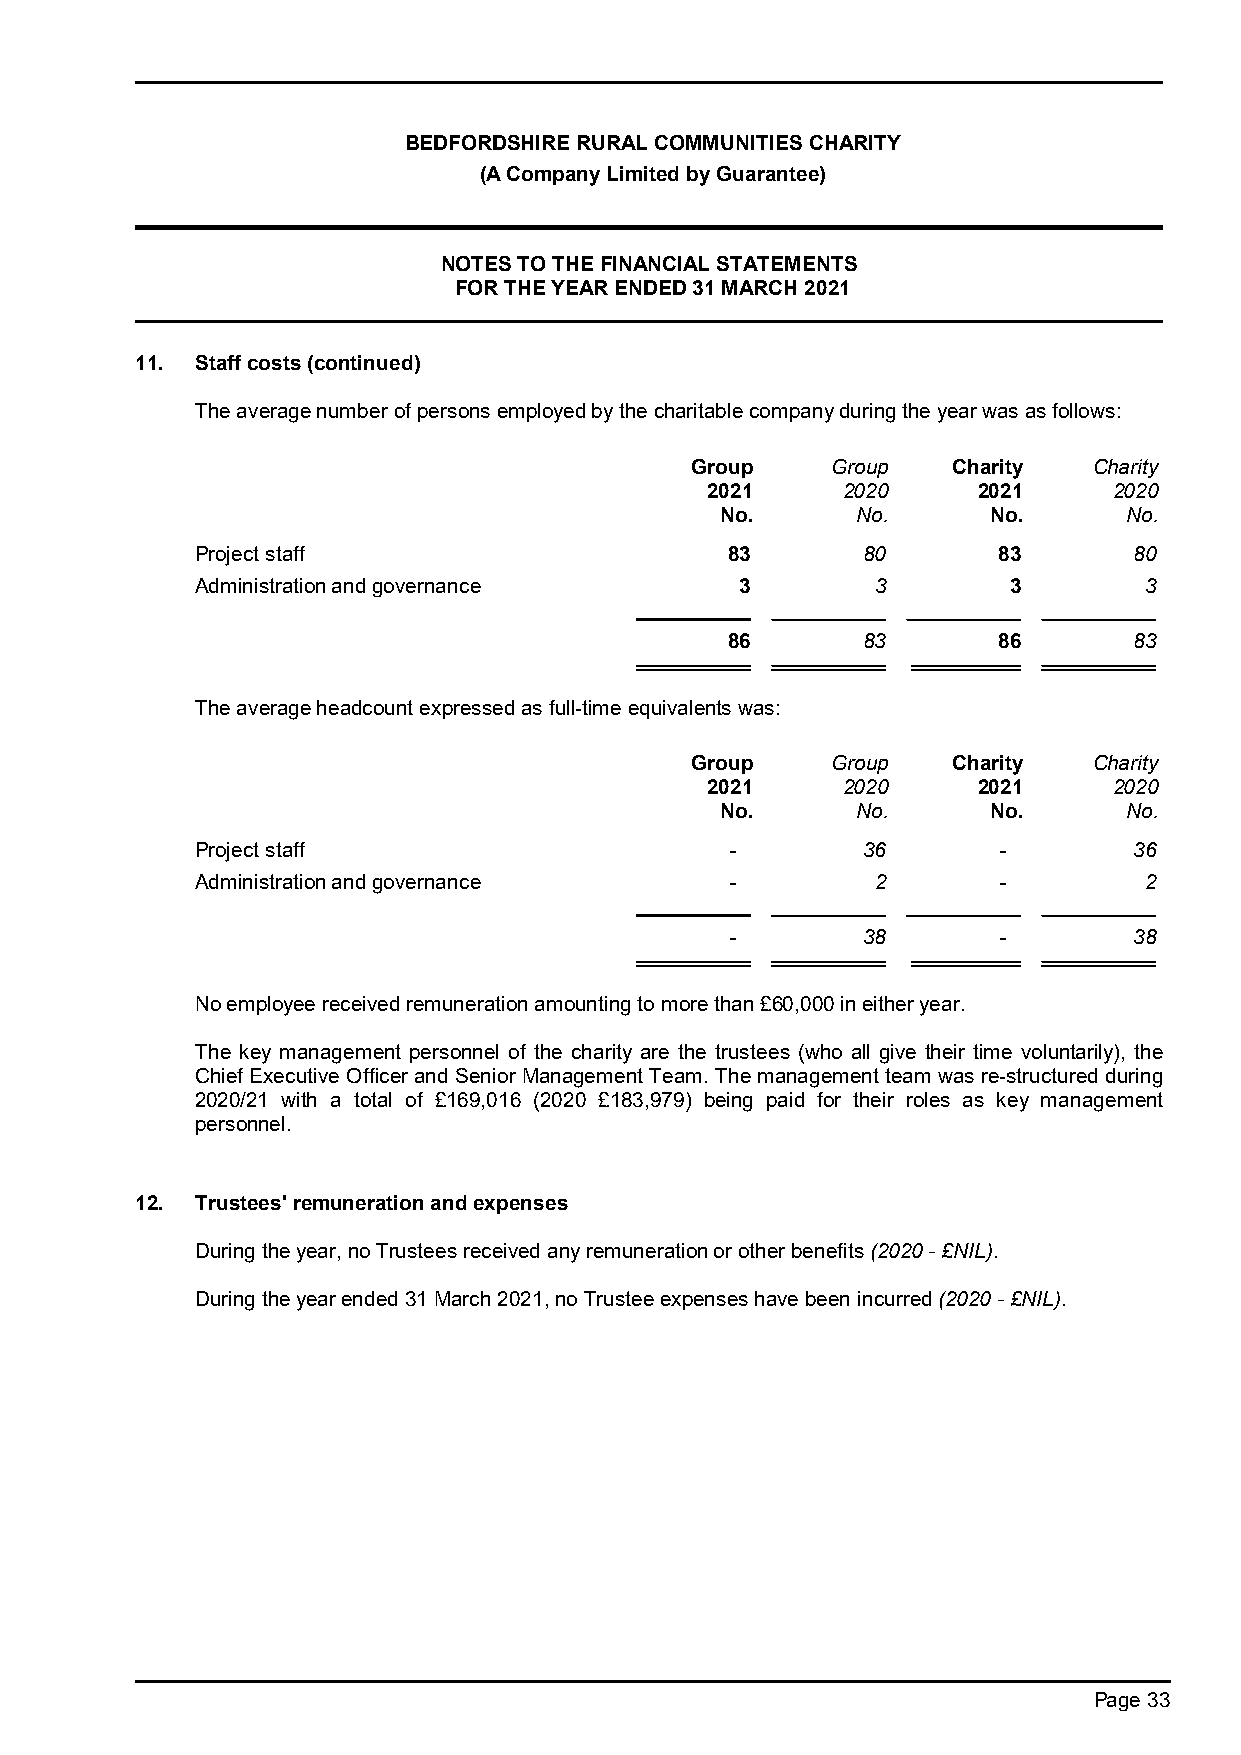
BEDFORDSHIRE RURAL COMMUNITIES CHARITY
 (A Company Limited by Guarantee)
 NOTES TO THE FINANCIAL STATEMENTS
 FOR THE YEAR ENDED 31 MARCH 2021
 11. Staff costs (continued)
 The average number of persons employed by the charitable company during the year was as follows:
 Group    Group   Charity  Charity
 2021     2020     2021     2020
 No.      No.      No.      No.
 Project staff                      83       80       83       80
 Administration and governance       3        3        3        3
 86       83       86       83
 The average headcount expressed as full-time equivalents was:
 Group    Group   Charity  Charity
 2021     2020     2021     2020
 No.      No.      No.      No.
 Project staff                      -        36       -        36
 Administration and governance      -         2       -         2
 -        38       -        38
 No employee received remuneration amounting to more than £60,000 in either year.
 The key management personnel of the charity are the trustees (who all give their time voluntarily), the
 Chief Executive Officer and Senior Management Team. The management team was re-structured during
 2020/21 with a total of £169,016 (2020 £183,979) being paid for their roles as key management
 personnel.
 12. Trustees' remuneration and expenses
 During the year, no Trustees received any remuneration or other benefits (2020 - £NIL).
 During the year ended 31 March 2021, no Trustee expenses have been incurred (2020 - £NIL).
 Page 33